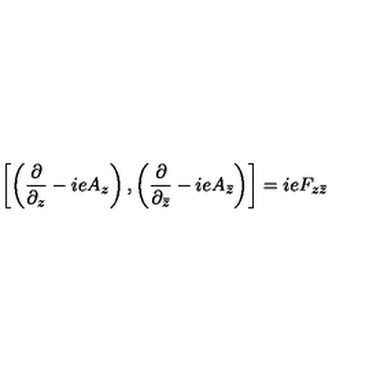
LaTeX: \left[ \left( \frac { \partial } { \partial _ { z } } - i e A _ { z } \right) , \left( \frac { \partial } { \partial _ { \bar { z } } } - i e A _ { \bar { z } } \right) \right] = i e F _ { z \bar { z } }